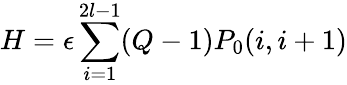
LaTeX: H=\epsilon\sum_{i=1}^{2l-1}(Q-1)P_{0}(i,i+1)